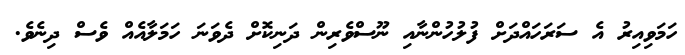
ހަމަވިއިރު އެ ސަރަހައްދަށް ފުލުހުންނާއި ނޫސްވެރިން ދަނިކޮށް ދެވަނަ ހަމަލާއެއް ވެސް ދިނެވެ.